Medical and sanitary report of the native army of Madras for the year
Year: 1876
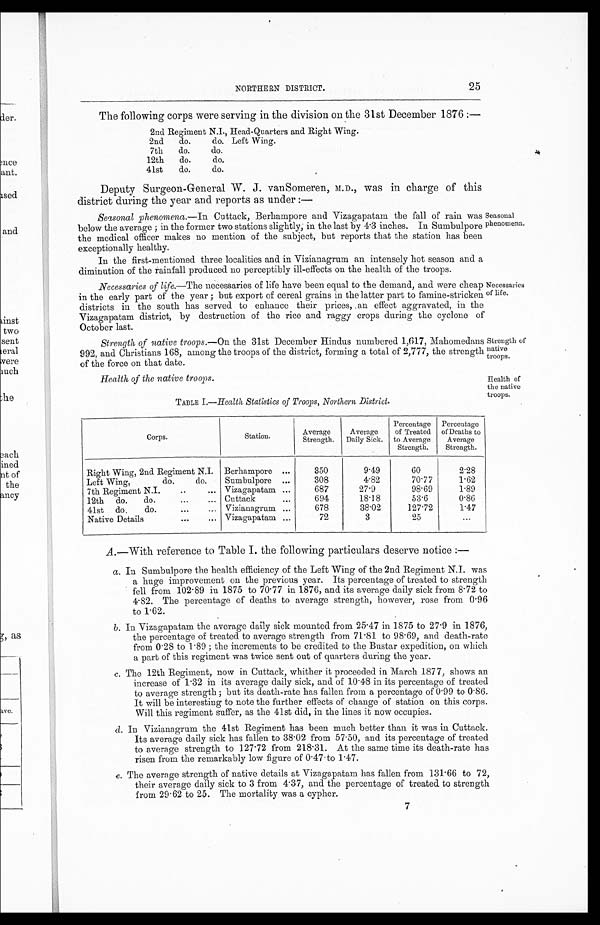
seasonal
phenotnena.
Necessaries
of life.
strength of
native
troops.
Health of
the native
troops.
NORTHERN DISTRICT.
25
The following corps were serving in the division on the 31st December 1876 :—
2nd Regiment N.I., Head-Quarters and Right Wing.
2nd do.
do. Left Wing.
7th do.
do.
12th do.
do.
41st do.
do.
Deputy Surgeon-General W. J. vanSomeren, M.D., was in charge of this
district during the year and reports as under :
—
Seasonal phenomena.— In Cuttack, Berhampore and Vizagapatam the fall of rain was
below the average ; in the former two stations slightly; in the last by 4.3 inches. In Sumbulpore
the medical officer makes no mention of the subject, but reports that the station has been
exceptionally healthy.
In the first-mentioned three localities and in Vizianagrum an intensely hot season and a
diminution of the rainfall produced no perceptibly ill-effects on the health of the troops.
Necessaries of LIfe—.The necessaries of life have been equal to the demand, and were cheap
in the early part of the year ; but export of cereal grains in the latter part to famine-stricken
districts in the south has served to enhance their prices, an effect aggravated, in the
Vizagapatam district, by destruction of the rice and raggy crops during the cyclone of
October last.
Strength of native troops.— On the 31st December Hindus numbered 1,617, Mahomedans
992, and Christians 168, among the troops of the district, forming a total of 2,777, the strength
of the force on that date.
Health of the native troops.
TABLE I.— Health Statistics of Troops, Northern District.
Corps.
Station .
Average
Strength.
Average
Daily Sick.
Percentage
of Treated
to Average
Strength.
Percentage
of Deaths to
Average
Strength.
Right Wing, 2nd Regiment N.I. Berhampore ...
350
9.49
60
2.28
Left Wing,
do.
do.
Sumbulpore ...
308
4.82
70.77
1.62
7th Regiment N.I.
. . .
. . . Vizagapatam ...
687
27.9
98.69
1.89
12th
d o . d o .
...
... Cuttack
...
694
18.18
53.6
0.86
41st do.
do.
...
... Vizianagru ...
678
38.02
127.72
1.47
Native Details
...
... Vizagapatam ...
72
3
25
...
A .—With reference to Table I. the following particulars deserve notice :—
a.
In Sumbulpore the health efficiency of the Left Wing of the 2nd Regiment N.I. was
a huge improvement on the previous year. Its percentage of treated to strength
fell from 102.89 in 1875 to 70.77 in 1876, and its average daily sick from 8.72 to
4.82. The percentage of deaths to average strength, however, rose from 0.96
to 1.62.
b.
In Vizagapatam the average daily sick mounted from 25.47 in 1875 to 27.9 in 1876,
the percentage of treated to average strength from 71.81 to 98.69, and death-rate
from 0.28 to 1.89 ; the increments to be credited to the Bustar expedition, on which
a part of this regiment was twice sent out of quarters during the year.
c.
The 12th Regiment, now in Cuttack, whither it proceeded in March 1877, shows an
increase of 1.32 in its average daily sick, and of 10.48 in its percentage of treated
to average strength ; but its death-rate has fallen from a percentage of 0.99 to 0.86.
It will be interesting to note the further effects of change of station on this corps.
Will this regiment suffer, as the 41st did, in the lines it now occupies.
d.
In Vizianagrum the 41st Regiment has been much better than it was in Cuttack.
Its average daily sick has fallen to 38.02 from 57.50, and its percentage of treated
to average strength to 127.72 from 218.31. At the same time its death-rate has
risen from the remarkably low figure of 0.47 to 1.47.
e.
The average strength of native details at Vizagapatam has fallen from 131.66 to 72,
their average daily sick to 3 from 4.37, and the percentage of treated. to strength
from 29.62 to 25. The mortality was a cypher.
7